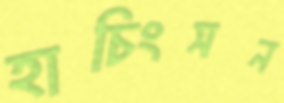
হাচিংসন